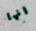
انها